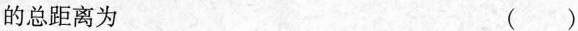
的总距离为 ( )